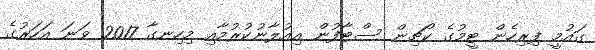
ގައުމީ ފިރިހެން ޓީމުގެ ކޯޗިން ސްޓާފުން އިއުލާނުކުރުމާއި މިހިނގާ 2017 ވަނަ އަހަރުގެ